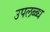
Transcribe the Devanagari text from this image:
उपलब्ब्ध